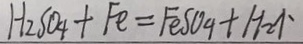
H _ { 2 } S O _ { 4 } + F e = F e S O _ { 4 } + H _ { 2 } \uparrow